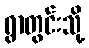
ရွာတွင်းသို့